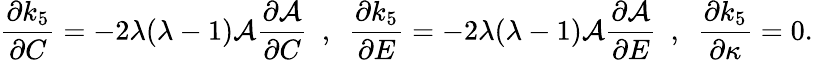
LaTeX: \frac{\partial k_{5}}{\partial C}=-2\lambda(\lambda-1)\mathcal{A}\frac{\partial\mathcal{A}}{\partial C}~~,~~\frac{\partial k_{5}}{\partial E}=-2\lambda(\lambda-1)\mathcal{A}\frac{\partial\mathcal{A}}{\partial E}~~,~~\frac{\partial k_{5}}{\partial\kappa}=0.